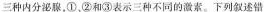
三种内分泌腺，①，②和③表示三种不同的激素。下列叙述错